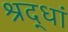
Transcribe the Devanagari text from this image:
श्रद्धां